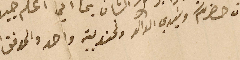
ان حضرتكم وسَيدي الوالد ونحن بيت واحد والموفق الله